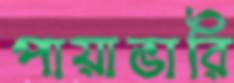
পায়াভারি